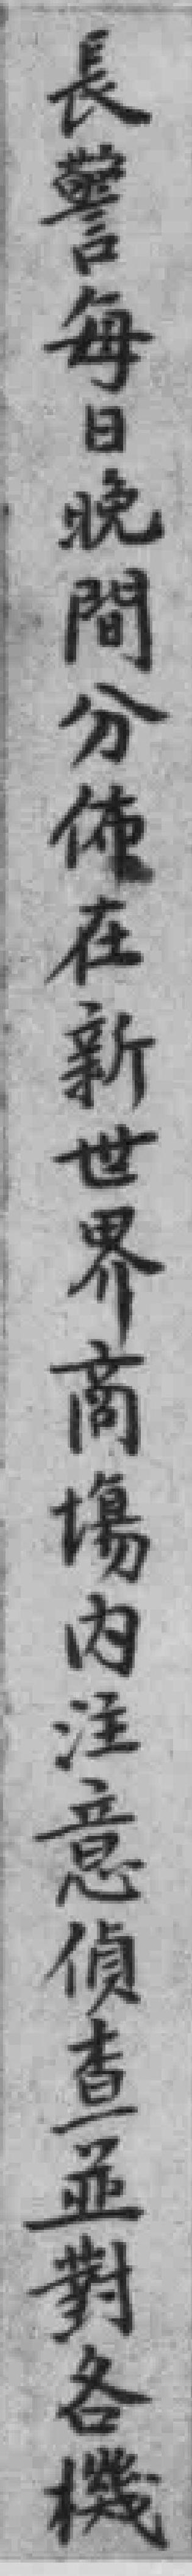
長警每日晚間分佈在新世界商傷內注意偵查並對各機